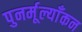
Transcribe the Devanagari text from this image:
पुनर्मूल्याँकन